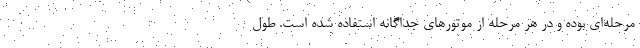
مرحله‌ای بوده و در هر مرحله از موتورهای جداگانه استفاده شده است. طول